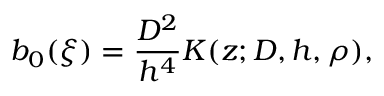
b _ { 0 } ( \xi ) = \frac { D ^ { 2 } } { h ^ { 4 } } K ( z ; D , h , \rho ) ,